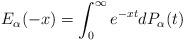
LaTeX: \begin{align*}E_\alpha(-x) &= \int_{0}^\infty e^{-xt} dP_\alpha(t) \end{align*}